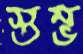
স্তম্ভ